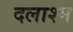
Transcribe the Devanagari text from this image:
दलाश्म